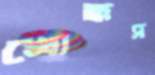
খোক্কস